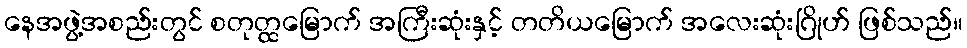
နေအဖွဲ့အစည်းတွင် စတုတ္ထမြောက် အကြီးဆုံးနှင့် တတိယမြောက် အလေးဆုံးဂြိုဟ် ဖြစ်သည်။